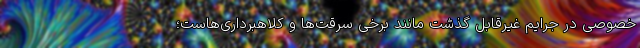
خصوصی در جرایم غیرقابل گذشت مانند برخی سرقت‌ها و کلاهبرداری‌هاست؛